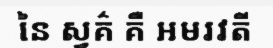
នៃ ស្វគ៌ គឺ អមរវតី